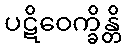
ပဋိဝေက္ခိန္တိ